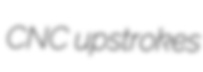
CNC upstrokes